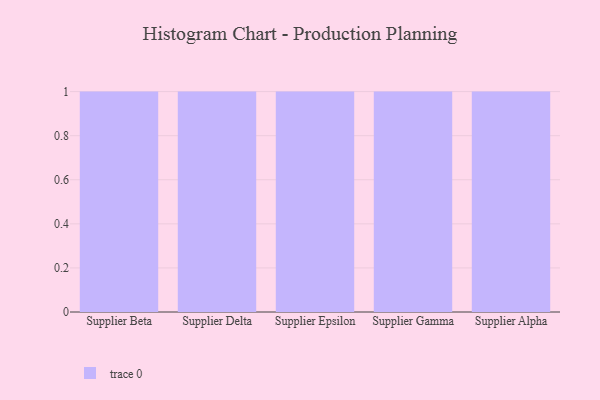
{"axis": {"x": "Supplier", "y": "Market Share (%)"}, "legend": [""], "data": [{"x": "Supplier Beta", "y": 68, "type": ""}, {"x": "Supplier Delta", "y": 87, "type": ""}, {"x": "Supplier Epsilon", "y": 48, "type": ""}, {"x": "Supplier Gamma", "y": 88, "type": ""}, {"x": "Supplier Alpha", "y": 90, "type": ""}]}